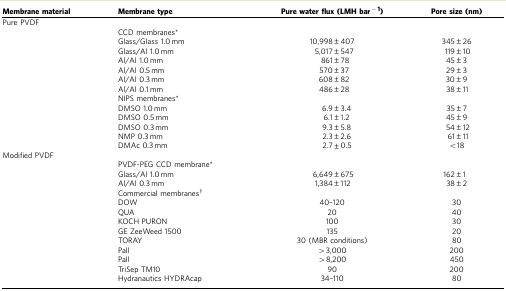
| Membrane material | Membrane type | Pure water flux (LMH bar−1) | Pore size (nm) |
 | --- | --- | --- | --- |
 | Pure PVDF |  |  |  |
 |  | CCD membranes* |  |  |
 |  | Glass/Glass 1.0 mm | 10,998±407 | 345±26 |
 |  | Glass/Al 1.0 mm | 5,017±547 | 119±10 |
 |  | Al/Al 1.0 mm | 861±78 | 45±3 |
 |  | Al/Al 0.5 mm | 570±37 | 29±3 |
 |  | Al/Al 0.3 mm | 608±82 | 30±9 |
 |  | Al/Al 0.1 mm | 486±28 | 38±11 |
 |  | NIPS membranes* |  |  |
 |  | DMSO 1.0 mm | 6.9±3.4 | 35±7 |
 |  | DMSO 0.5 mm | 6.1±1.2 | 45±9 |
 |  | DMSO 0.3 mm | 9.3±5.8 | 54±12 |
 |  | NMP 0.3 mm | 2.3±2.6 | 61±11 |
 |  | DMAc 0.3 mm | 2.7±0.5 | <18 |
 | Modified PVDF |  |  |  |
 |  | PVDF-PEG CCD membrane* |  |  |
 |  | Glass/Al 1.0 mm | 6,649±675 | 162±1 |
 |  | Al/Al 0.3 mm | 1,384±112 | 38±2 |
 |  | Commercial membranes† |  |  |
 |  | DOW | 40–120 | 30 |
 |  | QUA | 20 | 40 |
 |  | KOCH PURON | 100 | 30 |
 |  | GE ZeeWeed 1500 | 135 | 20 |
 |  | TORAY | 30 (MBR conditions) | 80 |
 |  | Pall | >3,000 | 200 |
 |  | Pall | >8,200 | 450 |
 |  | TriSep TM10 | 90 | 200 |
 |  | Hydranautics HYDRAcap | 34–110 | 80 |